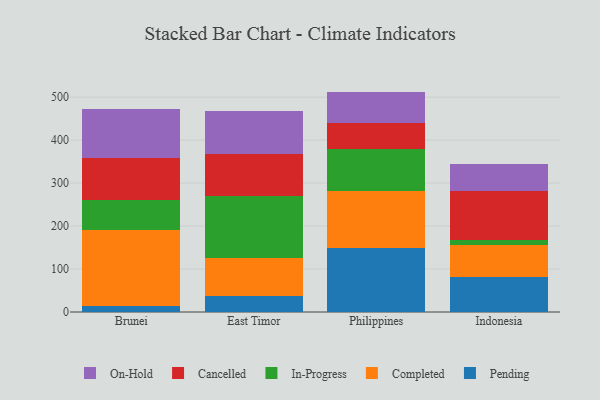
{"axis": {"x": "Country", "y": "Shipments"}, "legend": ["Cancelled", "Completed", "In-Progress", "On-Hold", "Pending"], "data": [{"x": "Brunei", "y": 12.9, "type": "Pending"}, {"x": "Brunei", "y": 178.3, "type": "Completed"}, {"x": "Brunei", "y": 70.2, "type": "In-Progress"}, {"x": "Brunei", "y": 98.1, "type": "Cancelled"}, {"x": "Brunei", "y": 113.4, "type": "On-Hold"}, {"x": "East Timor", "y": 36.9, "type": "Pending"}, {"x": "East Timor", "y": 88.3, "type": "Completed"}, {"x": "East Timor", "y": 143.6, "type": "In-Progress"}, {"x": "East Timor", "y": 98.5, "type": "Cancelled"}, {"x": "East Timor", "y": 100.0, "type": "On-Hold"}, {"x": "Philippines", "y": 147.8, "type": "Pending"}, {"x": "Philippines", "y": 134.7, "type": "Completed"}, {"x": "Philippines", "y": 96.7, "type": "In-Progress"}, {"x": "Philippines", "y": 60.7, "type": "Cancelled"}, {"x": "Philippines", "y": 73.0, "type": "On-Hold"}, {"x": "Indonesia", "y": 81.3, "type": "Pending"}, {"x": "Indonesia", "y": 75.2, "type": "Completed"}, {"x": "Indonesia", "y": 11.7, "type": "In-Progress"}, {"x": "Indonesia", "y": 113.5, "type": "Cancelled"}, {"x": "Indonesia", "y": 61.9, "type": "On-Hold"}]}